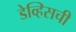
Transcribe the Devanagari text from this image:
डेव्हिसची